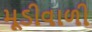
મૂડીવાળી